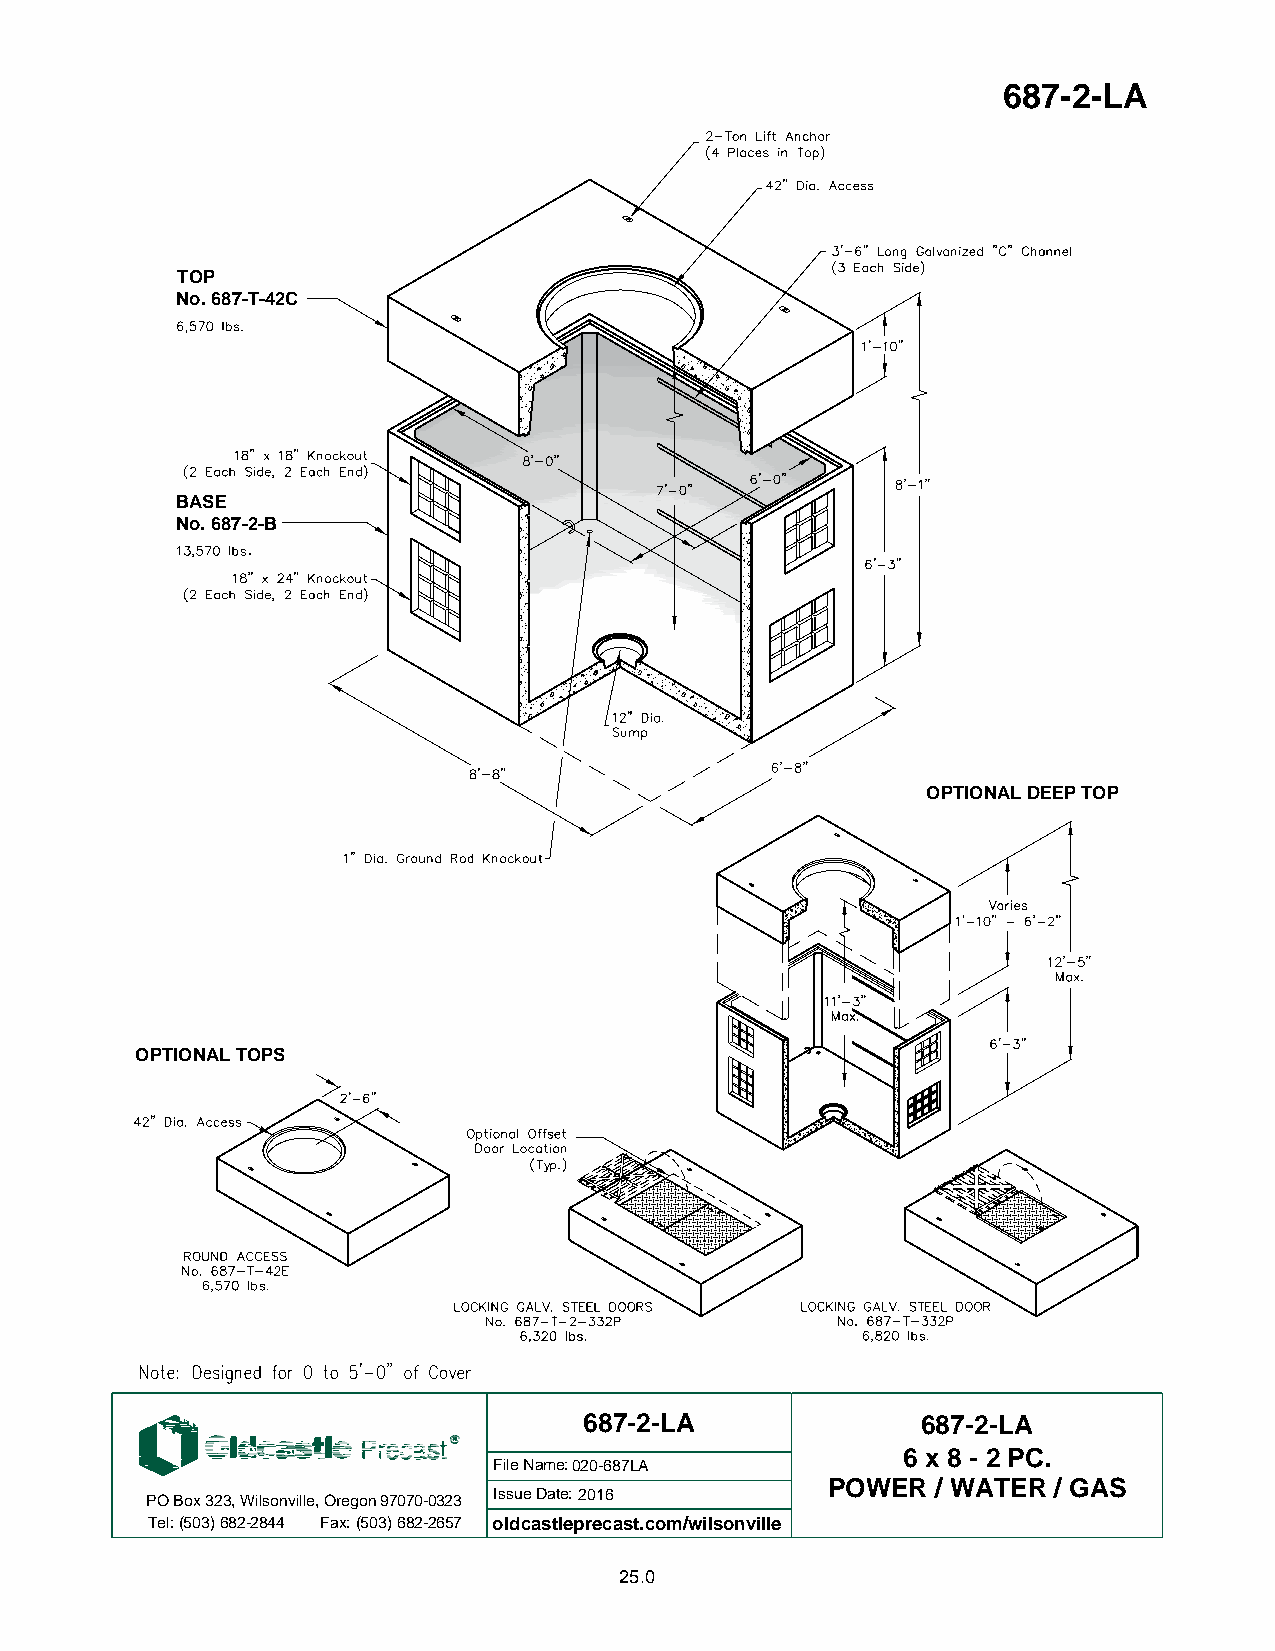
687-2-LA
 TOP
 No. 687-T-42C
 BASE
 No. 687-2-B
 .
 OPTIONAL DEEP TOP
 OPTIONAL TOPS
 687-2-LA              687-2-LA
 6 x 8 - 2 PC.
 File Name:020-687LA
 POWER  / WATER / GAS
 PO Box 323, Wilsonville, Oregon 97070-0323 Issue Date: 2016
 Tel: (503) 682-2844 Fax: (503) 682-2657 oldcastleprecast.com/wilsonville
 25.0